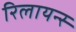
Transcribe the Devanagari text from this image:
रिलायन्स्‍